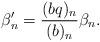
LaTeX: \begin{align*}\beta'_n=\frac{(bq)_n}{(b)_n}\beta_n.\end{align*}